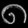
Digit: ၈